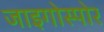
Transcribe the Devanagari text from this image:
जाइगोस्पोर